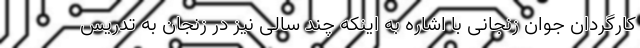
کارگردان جوان زنجانی با اشاره به اینکه چند سالی نیز در زنجان به تدریس